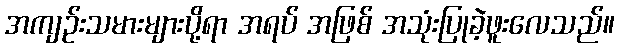
အကျဉ်းသမားများပို့ရာ အရပ် အဖြစ် အသုံးပြုခဲ့ဖူးလေသည်။